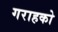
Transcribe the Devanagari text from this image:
गराहको